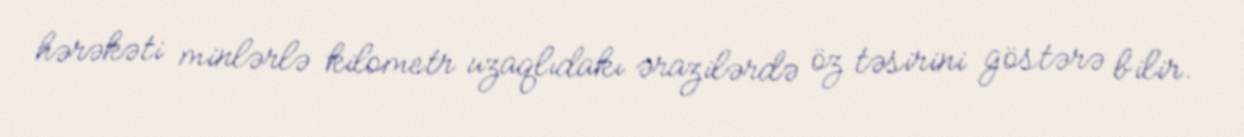
hərəkəti minlərlə kilometr uzaqlıdakı ərazilərdə öz təsirini göstərə bilir.